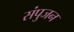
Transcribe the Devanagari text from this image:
संपुजन